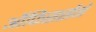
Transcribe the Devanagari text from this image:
ऑफिसर्सने